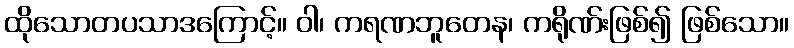
ထိုသောတပသာဒကြောင့်။ ဝါ၊ ကရဏဘူတေန၊ ကရိုဏ်းဖြစ်၍ ဖြစ်သော။